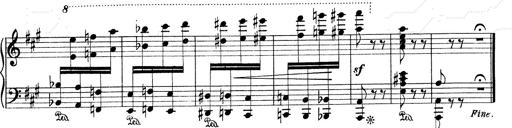
Title: Mephisto Waltz No.1
Composer: Franz Liszt